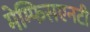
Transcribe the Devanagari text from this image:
मेम्फिसएनटी